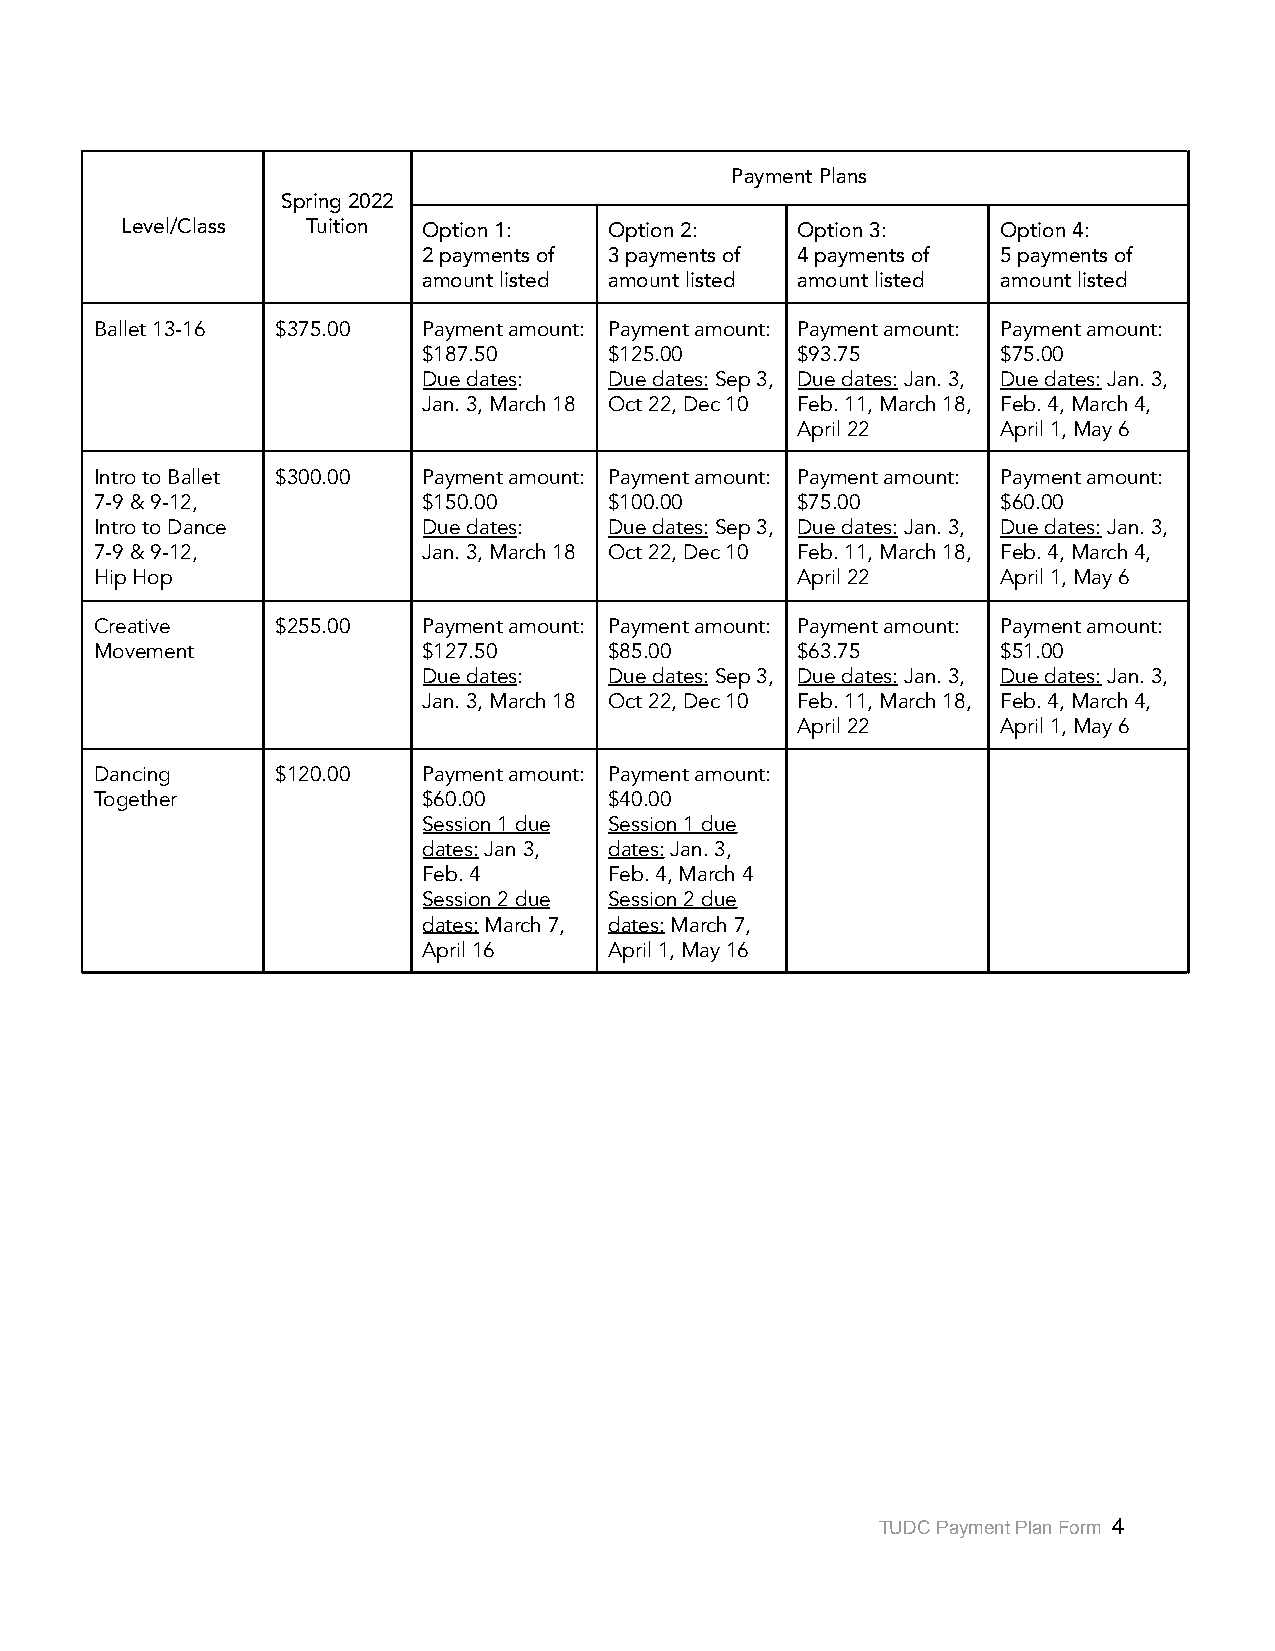
Payment Plans
 Spring 2022
 Level/Class Tuition Option 1:   Option 2:    Option 3:    Option 4:
 2 payments of 3 payments of 4 payments of 5 payments of
 amount listed amount listed amount listed amount listed
 Ballet 13-16 $375.00  Payment amount: Payment amount: Payment amount: Payment amount:
 $187.50     $125.00      $93.75       $75.00
 Due dates:  Due dates:Sep 3, Due dates:Jan. 3, Due dates:Jan. 3,
 Jan. 3, March 18 Oct 22, Dec 10 Feb. 11, March 18, Feb. 4, March 4,
 April 22     April 1, May 6
 Intro to Ballet $300.00 Payment amount: Payment amount: Payment amount: Payment amount:
 7-9 & 9-12,           $150.00     $100.00      $75.00       $60.00
 Intro to Dance        Due dates:  Due dates:Sep 3, Due dates:Jan. 3, Due dates:Jan. 3,
 7-9 & 9-12,           Jan. 3, March 18 Oct 22, Dec 10 Feb. 11, March 18, Feb. 4, March 4,
 Hip Hop                                        April 22     April 1, May 6
 Creative    $255.00   Payment amount: Payment amount: Payment amount: Payment amount:
 Movement              $127.50     $85.00       $63.75       $51.00
 Due dates:  Due dates:Sep 3, Due dates:Jan. 3, Due dates:Jan. 3,
 Jan. 3, March 18 Oct 22, Dec 10 Feb. 11, March 18, Feb. 4, March 4,
 April 22     April 1, May 6
 Dancing     $120.00   Payment amount: Payment amount:
 Together              $60.00      $40.00
 Session 1 due Session 1 due
 dates:Jan 3, dates:Jan. 3,
 Feb. 4      Feb. 4, March 4
 Session 2 due Session 2 due
 dates:March 7, dates:March 7,
 April 16    April 1, May 16
 TUDC Payment Plan Form 4